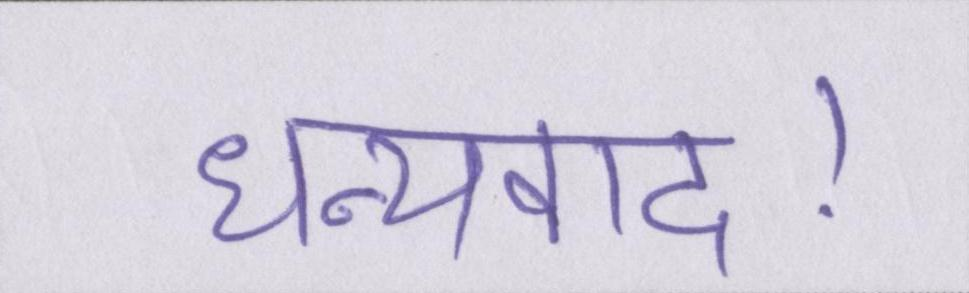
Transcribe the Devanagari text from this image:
धन्यवाद।